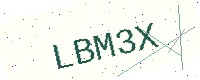
Text: LBM3X